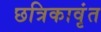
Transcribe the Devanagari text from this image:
छत्रिकावृंत